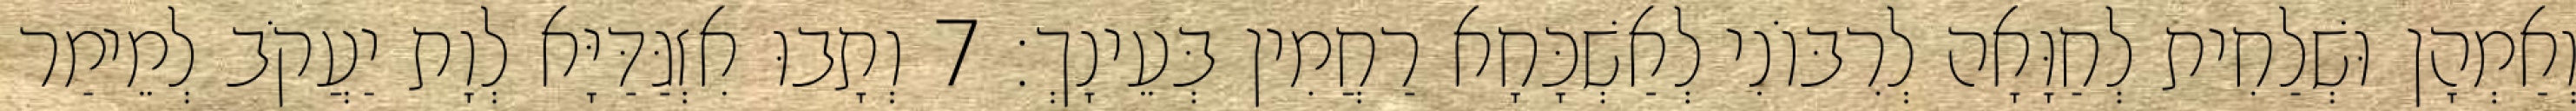
וְאַמְהָן וּשְׁלַחִית לְחַוָּאָה לְרִבּוֹנִי לְאַשְׁכָּחָא רַחֲמִין בְּעֵינָךְ׃ 7 וְתָבוּ אִזְגַּדַּיָּא לְוָת יַעֲקֹב לְמֵימַר